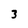
Character: 3